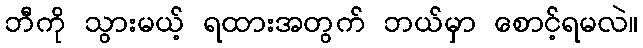
ဘီကို သွားမယ့် ရထားအတွက် ဘယ်မှာ စောင့်ရမလဲ။